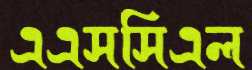
এএসসিএল